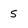
Character: 5